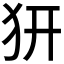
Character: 𤜵